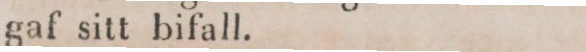
gaf sitt bifall.